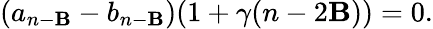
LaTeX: (a_{n-\mathbf{B}}-b_{n-\mathbf{B}})(1+\gamma(n-2\mathbf{B}))=0.